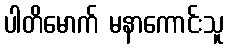
ပါတိမောက် မနာကောင်းသူ